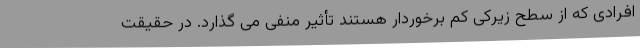
افرادی که از سطح زیرکی کم برخوردار هستند تأثیر منفی می گذارد. در حقیقت